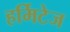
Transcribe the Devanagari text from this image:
हर्मिटेज